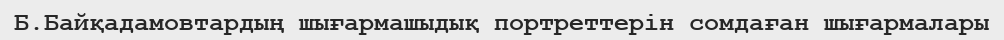
Б.Байқадамовтардың шығармашыдық портреттерін сомдаған шығармалары